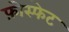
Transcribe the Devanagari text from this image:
फ़ोस्फेट